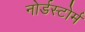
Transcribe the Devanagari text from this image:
नोर्डस्टोर्म